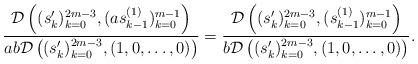
LaTeX: \begin{align*}\frac{\mathcal{D}\left((s_{k}')_{k=0}^{2m-3}, (as^{(1)}_{k-1})_{k=0}^{m-1} \right)}{ab\mathcal{D}\left((s_{k}')_{k=0}^{2m-3}, (1,0,\ldots,0) \right)} &= \frac{\mathcal{D}\left((s_{k}')_{k=0}^{2m-3}, (s^{(1)}_{k-1})_{k=0}^{m-1} \right)}{b\mathcal{D}\left((s_{k}')_{k=0}^{2m-3}, (1,0,\ldots,0) \right)}.\end{align*}